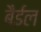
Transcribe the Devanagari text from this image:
बैईल